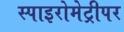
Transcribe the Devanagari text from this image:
स्पाइरोमेट्रीपर